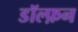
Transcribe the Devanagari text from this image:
डॉल्फ़न